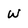
Character: W